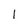
Character: l